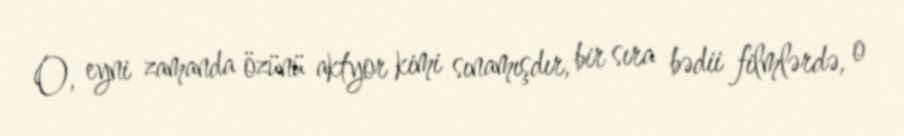
O, eyni zamanda özünü aktyor kimi sınamışdır, bir sıra bədii filmlərdə, o